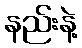
နည်းနဲ့